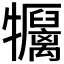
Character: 𤜏